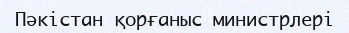
Пәкістан қорғаныс министрлері